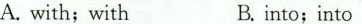
. A.with;with B.into;into